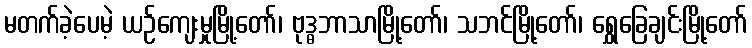
မတက်ခဲ့ပေမဲ့ ယဉ်ကျေးမှုမြို့တော်၊ ဗုဒ္ဓဘာသာမြို့တော်၊ သဘင်မြို့တော်၊ ရွှေခြေချင်းမြို့တော်